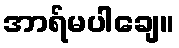
အာရ်မပါချေ။